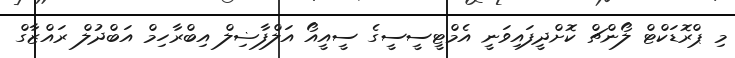
މި ޕްރޮޑަކްޓް ލޯންޗް ކޮށްދީފައިވަނީ އެމްޓީސީސީގެ ސީއީއޯ އަލްފާޟިލް އިބްރާހިމް އަބްދުލް ރައްޒާގް